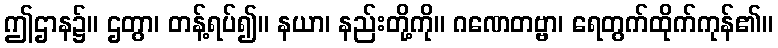
ဤဌာန၌။ ဌတွာ၊ တန့်ရပ်၍။ နယာ၊ နည်းတို့ကို။ ဂဏေတဗ္ဗာ၊ ရေတွက်ထိုက်ကုန်၏။